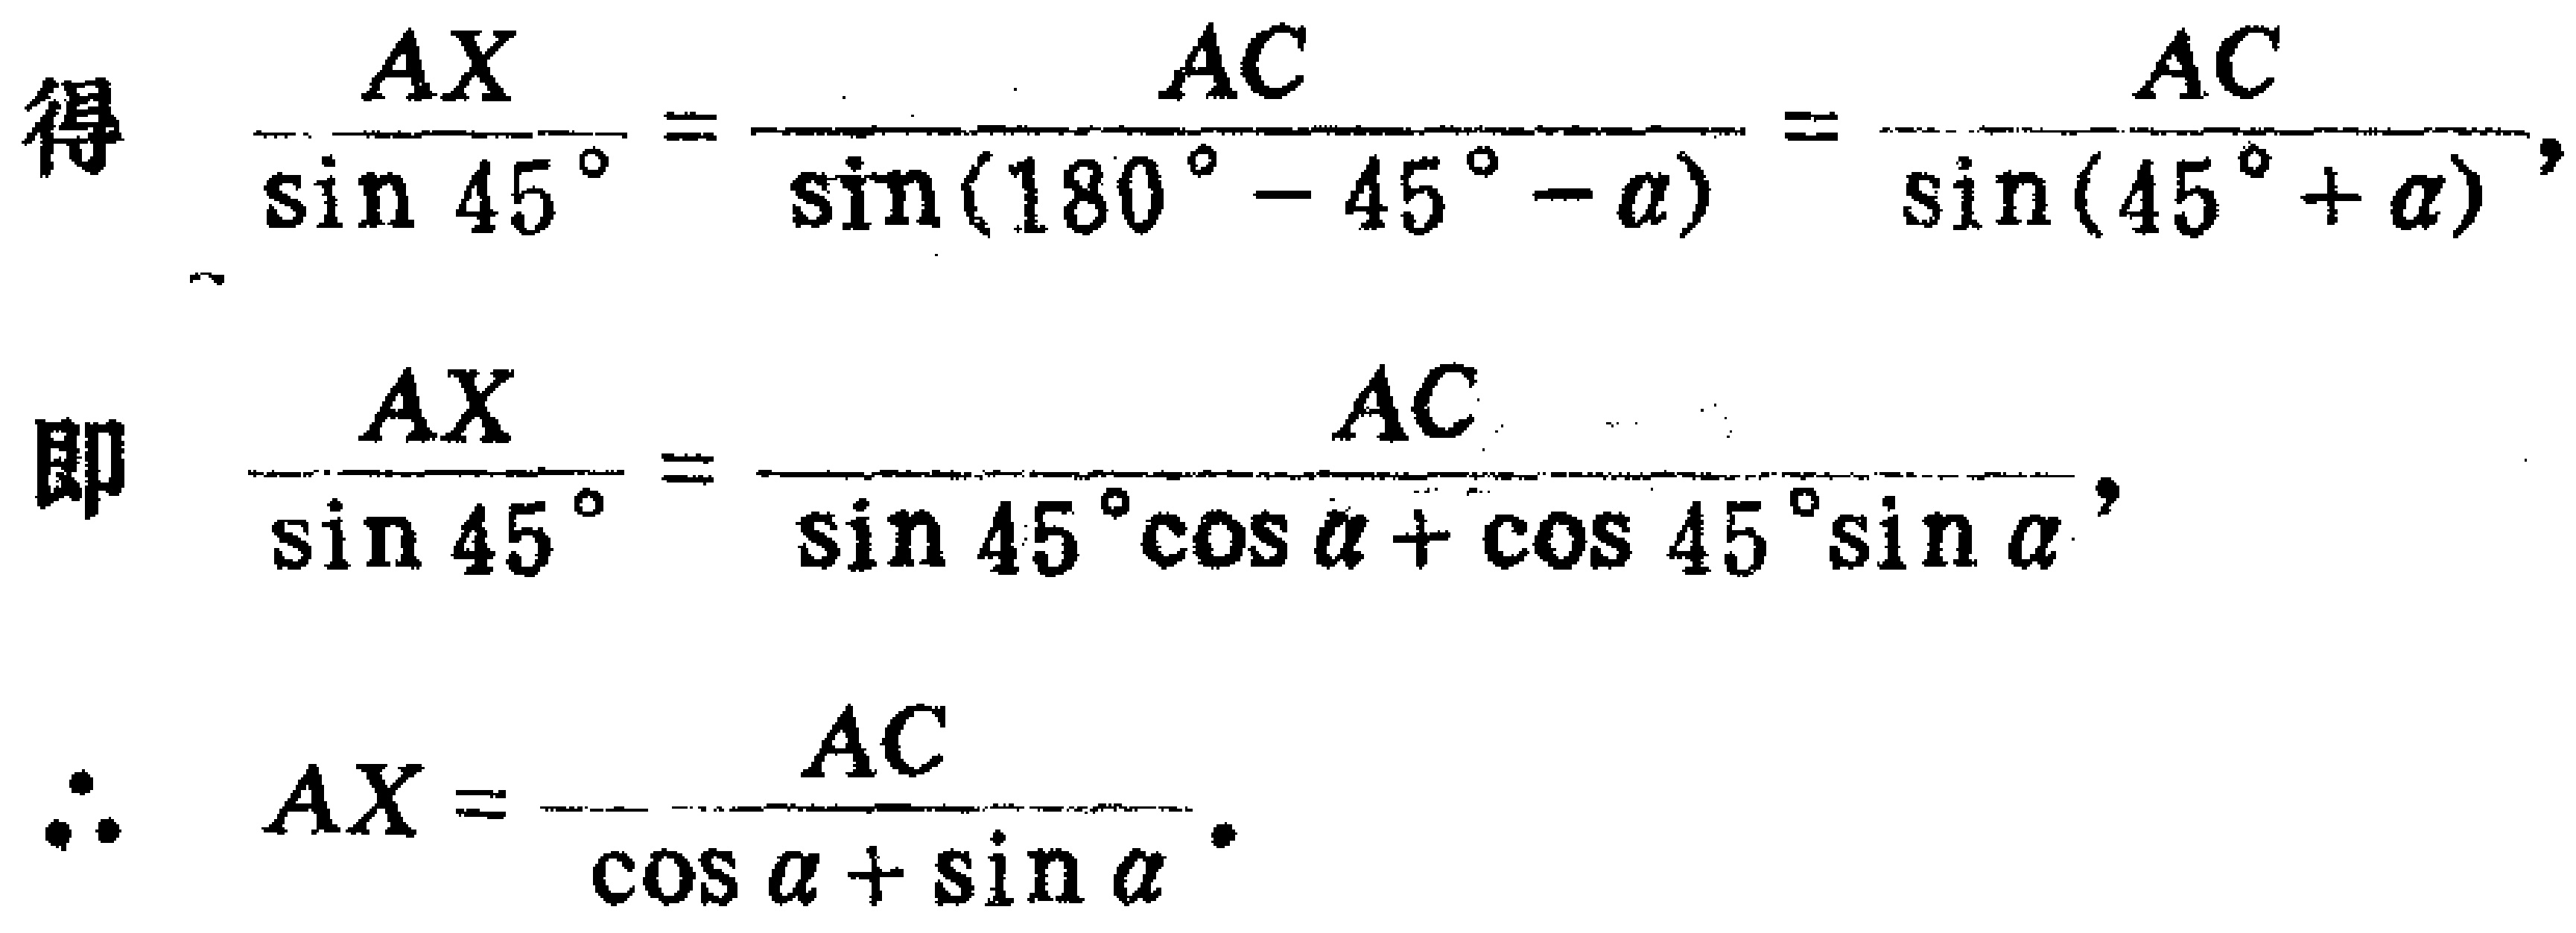
得 \(\frac{AX}{\sin 45^{\circ}}=\frac{AC}{\sin(180^{\circ}-45^{\circ}-\alpha)}=\frac{AC}{\sin(45^{\circ}+\alpha)}\)，
即 \(\frac{AX}{\sin 45^{\circ}}=\frac{AC}{\sin 45^{\circ}\cos\alpha+\cos 45^{\circ}\sin\alpha}\)，
\(\therefore AX = \frac{AC}{\cos\alpha+\sin\alpha}\)。